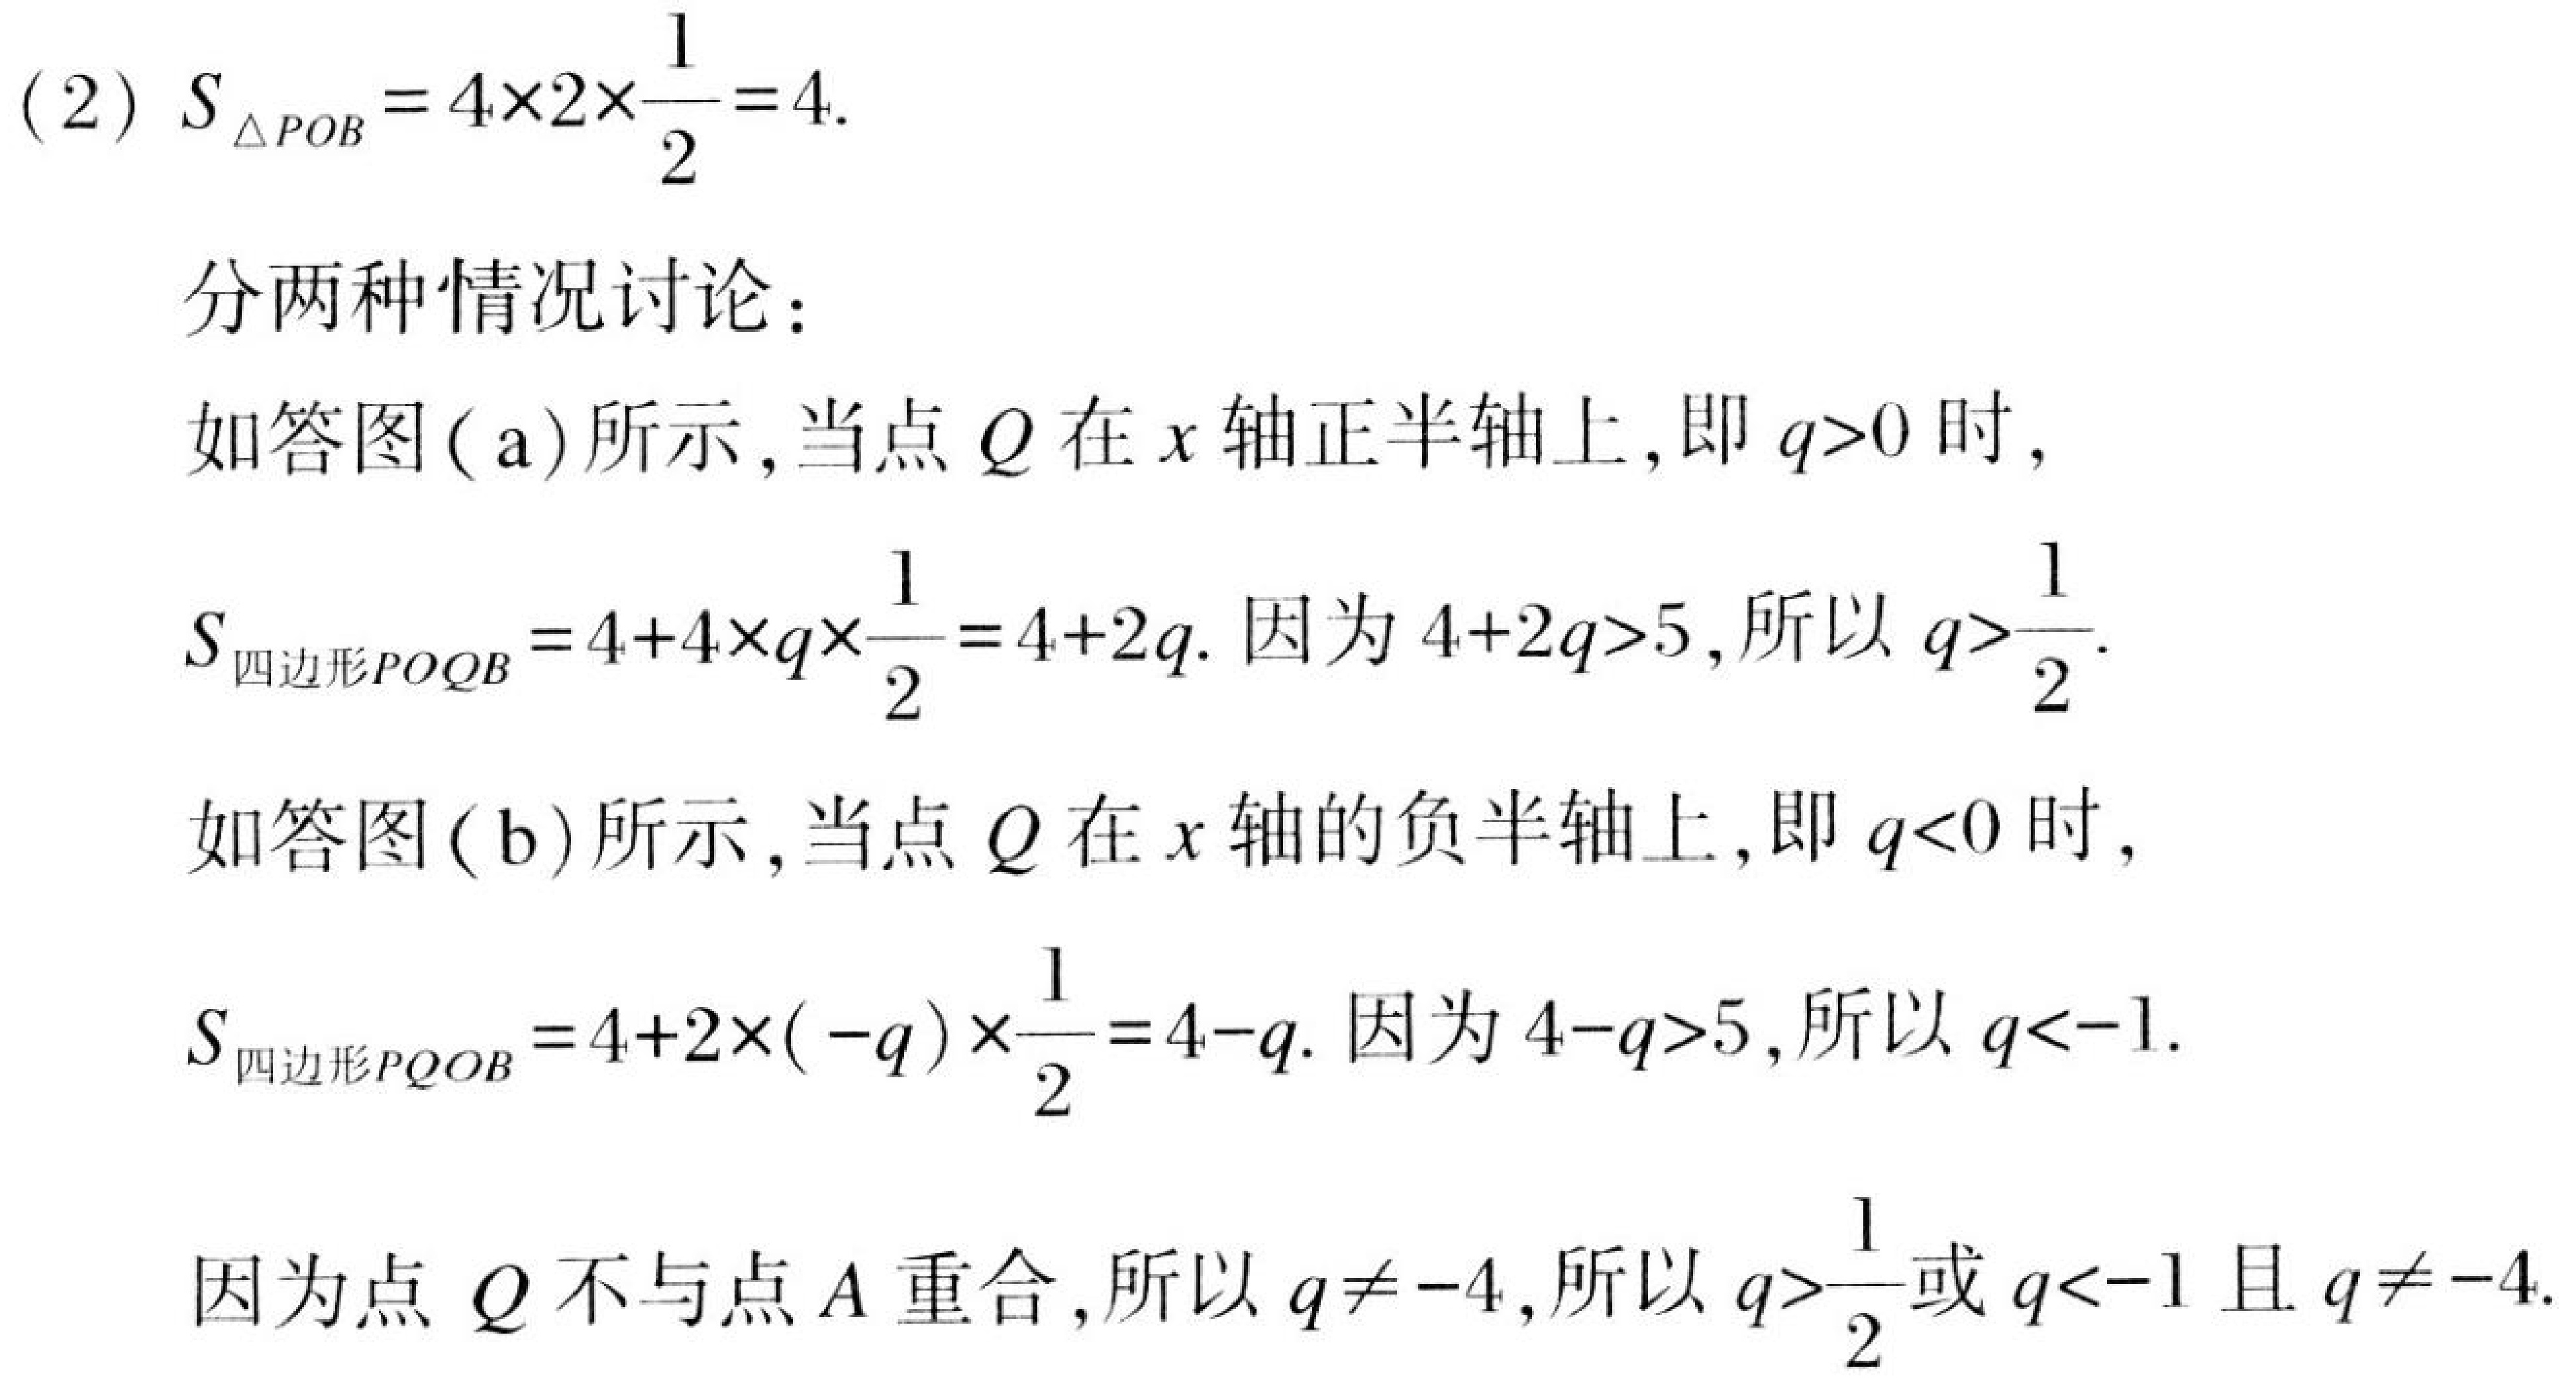
(2) \(S_{\triangle POB}=4\times2\times\frac{1}{2}=4\).
分两种情况讨论：
如答图(a)所示,当点\(Q\)在\(x\)轴正半轴上,即\(q > 0\)时,
\(S_{四边形POQB}=4 + 4\times q\times\frac{1}{2}=4 + 2q\). 因为\(4 + 2q>5\),所以\(q>\frac{1}{2}\).
如答图(b)所示,当点\(Q\)在\(x\)轴的负半轴上,即\(q < 0\)时,
\(S_{四边形PQOB}=4 + 2\times(-q)\times\frac{1}{2}=4 - q\). 因为\(4 - q>5\),所以\(q < - 1\).
因为点\(Q\)不与点\(A\)重合,所以\(q\neq - 4\),所以\(q>\frac{1}{2}\)或\(q < - 1\)且\(q\neq - 4\).